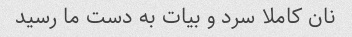
نان کاملا سرد و بیات به دست ما رسید